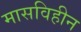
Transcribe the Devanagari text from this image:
मासविहीन